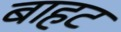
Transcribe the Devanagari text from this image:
बाहट